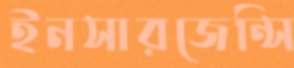
ইনসারজেন্সি